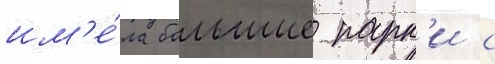
им'е́ла большие парк'и с